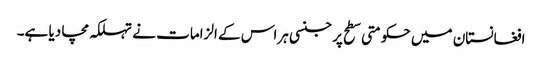
افغانستان میں حکومتی سطح پر جنسی ہراس کے الزامات نے تہلکہ مچا دیا ہے۔